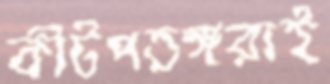
কীটপতঙ্গরাই